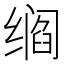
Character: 𬙁